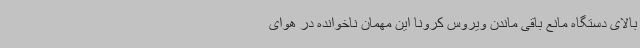
بالای دستگاه مانع باقی ماندن ویروس کرونا این مهمان ناخوانده در هوای